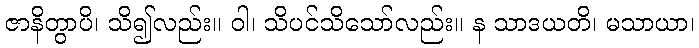
ဇာနိတွာပိ၊ သိ၍လည်း။ ဝါ၊ သိပင်သိသော်လည်း။ န သာဒယတိ၊ မသာယာ၊